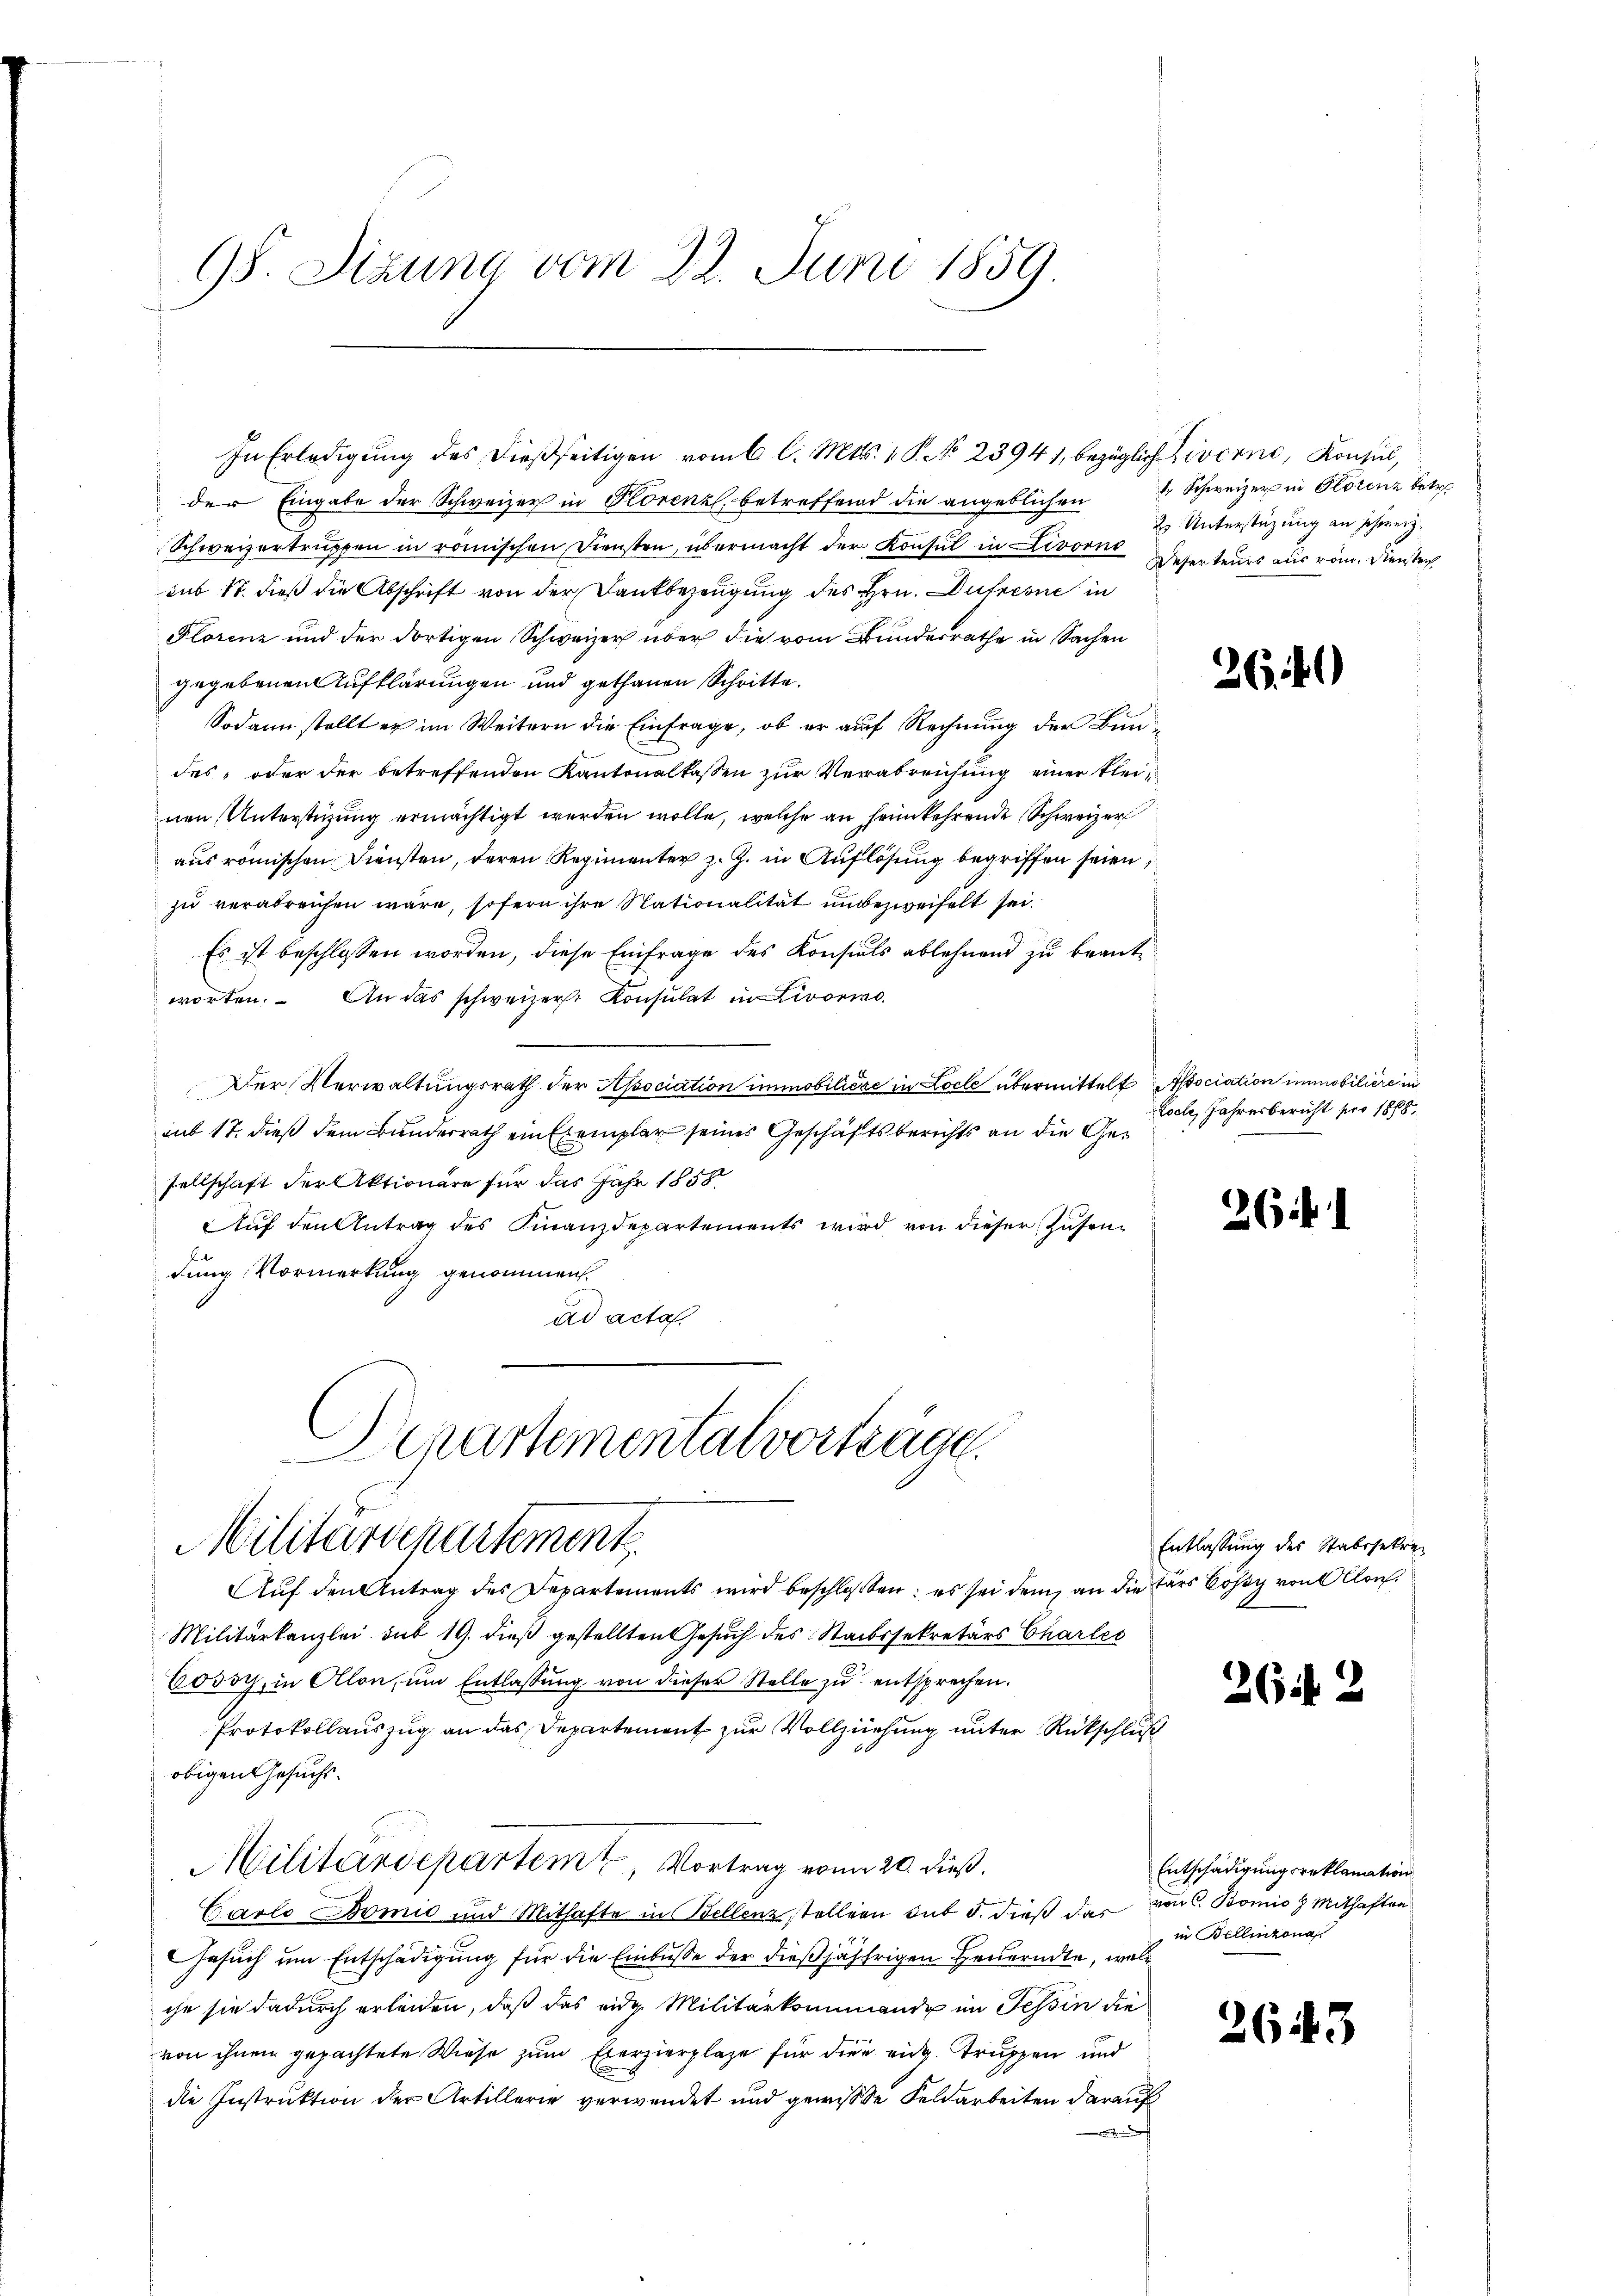
95. Sizung vom 22. Juni 1859

der Eingabe der Schweizer in Korenzl, betreffend die angeblichen
Schweizertruppen in römischen Diensten, übermacht der Konsul in Livorne Deserteurs aus röm. Dienstech
sub S. dieß die Abschrift von der Dankbezeugung des Hrn. Dutzerne in
Plorenz und der dortigen Schweizer über die vom Bundesrathe in Sachen
gegebenen Aufklärungen und gethanen Schritte.
Sodann stellt er im Weitern die Einfrage, ob er auf Rechnung der Bundes, oder der betreffenden Kantonalkassen zur Verabreichung einer kleinen Unterstüzung ermächtigt werden wolle, welche an heimkehrende Schweizer
aus römischen Diensten, deren Regimenter z. Z. in Auflösung begriffen seien,
zu verabreichen wäre, sofern ihre Nationalität unbezweifelt sei.
Es ist beschlossen worden, diese Einfrage des Konsials ablehnend zu beantworten. An das schweizer Konsulat in Livorno
Der Verwaltungsrath der Association immobilière in Locle übermittelt Association immobilière in
aus 17. dieß dem Bundesrath ein Exemplar seines Geschäftsberichts an die Gesellschaft der Aktionäre für das Jahr 1858.
Auf den Antrag des Finanzdepartements wird von dieser Zusendung Vormerkung genommen.
ad acta.
Departementalvertrage
Militärschartement
Auf den Antrag des Departements wird beschlossen: es sei dem an die fürs Lossy von Ollon
Militärkanzlei sub 19. dieß gestellten Gesuch des Staatssekretärs Charles
Cossy, in Alon, um Entlassung von dieser Stelle zu entsprechen.
Protokollauszug an das Departement zur Vollziehung unter Rückschluß
obigen Gesuchs.
Militärdepartem Vortrag von 20. dieß.
Carlo Bomić und Mithafte in Bellenz stellern sub 5. dieß das von C. Bonio Mithaften
Gesuch um Entschädigung für die Einbuße der dießjährigen Feuerndte, welc
che sie dadurch erleiden, daß das eidg. Militärkommende im Tessin die
von ihnen gepachtete Wiese zum Exerzierplaze für dies eidg. Truppen und
die Instruktion der Artillerie verwendet und gewisse Feldarbeiten darauf
s

In Erledigung des dießseitigen vom 6. l. Mts. v. P. No 23941, bezüglich Livorne, Konsul,

Schweizer in Plotenz betr.
2 Unterstüzung an Schweiz.

2640

Loche, Jahresbericht pro 1888.

261

Entlassung des Stabssekre

26

2643

Entschädigungsreklamation
in Bellinzona